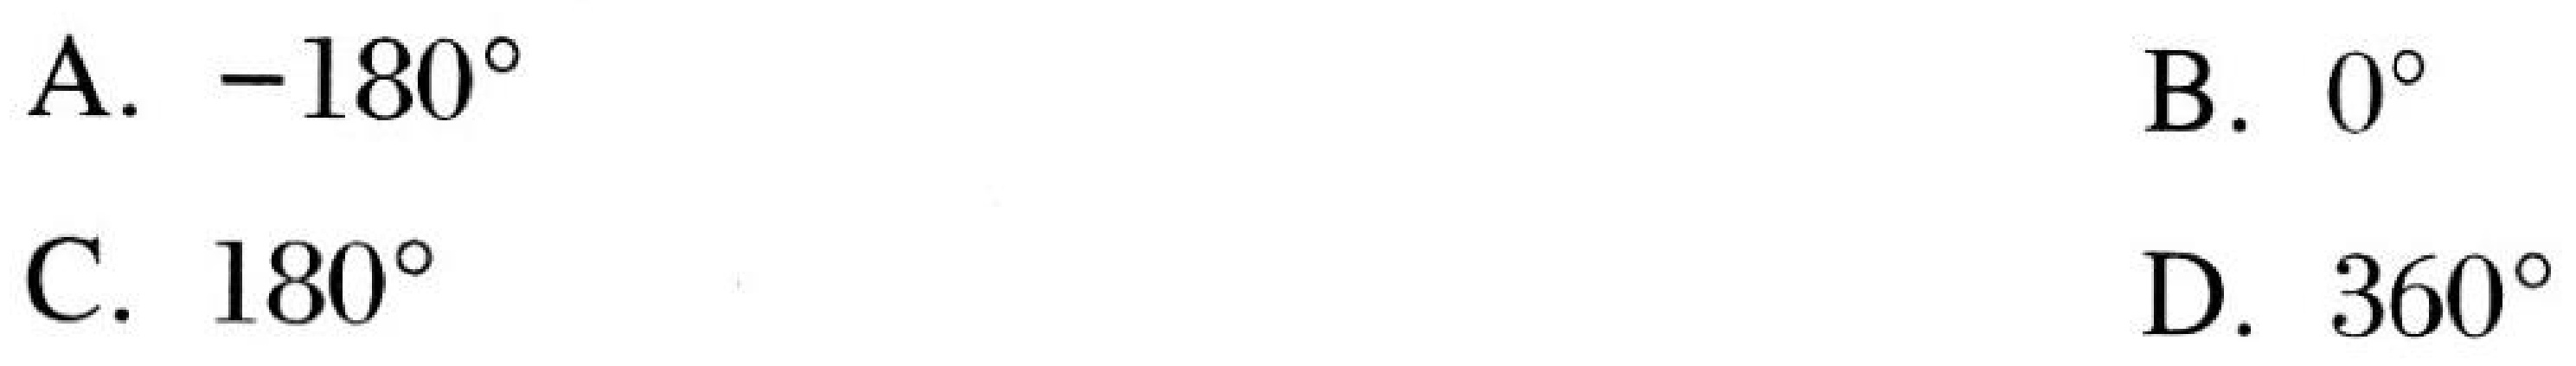
A. \(-180^{\circ}\)  B. \(0^{\circ}\)
C. \(180^{\circ}\)  D. \(360^{\circ}\)